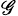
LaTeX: _{\mathscr{G}}